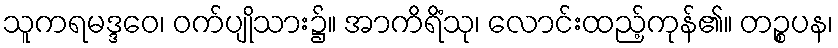
သူကရမဒ္ဒဝေ၊ ဝက်ပျိုသား၌။ အာကိရိံသု၊ လောင်းထည့်ကုန်၏။ တဉ္စပန၊